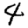
Digit: 4